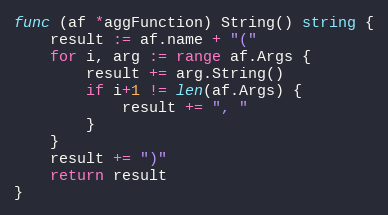
Language: Go
func (af *aggFunction) String() string {
	result := af.name + "("
	for i, arg := range af.Args {
		result += arg.String()
		if i+1 != len(af.Args) {
			result += ", "
		}
	}
	result += ")"
	return result
}